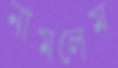
নামলেম